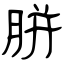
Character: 胼